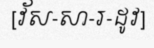
[វ័ស-សា-រ-ដូវ]